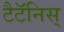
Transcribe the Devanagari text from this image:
टैटॅनिस्